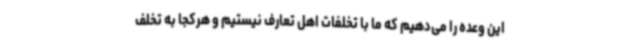
این وعده را می‌دهیم که ما با تخلفات اهل تعارف نیستیم و هرکجا به تخلف